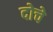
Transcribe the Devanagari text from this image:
दोचे